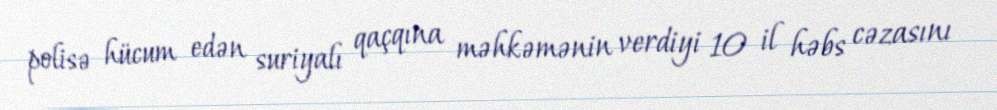
polisə hücum edən suriyalı qaçqına məhkəmənin verdiyi 10 il həbs cəzasını